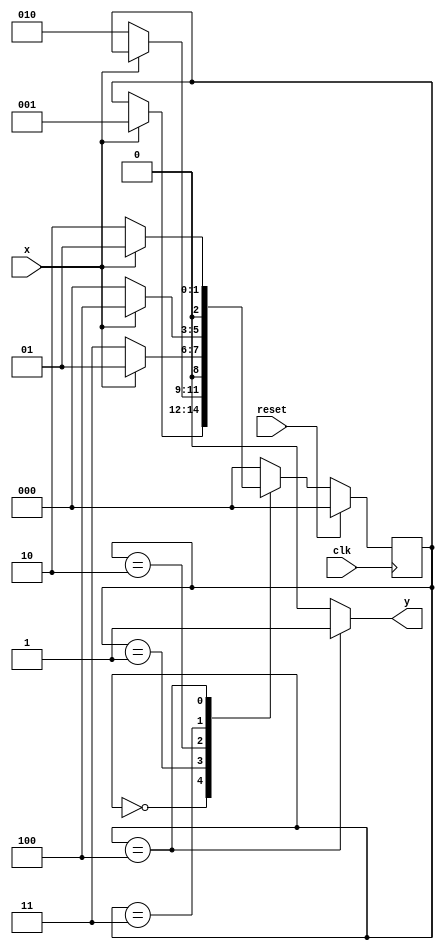
module moore(
    input reset,
    input clk,
    input x,
    output reg  y
    );
    
    parameter A=3'd0, B=3'd1, C=3'd2, D=3'd3, E=3'd4;
    reg [2:0] current_State, next_State;
    
    
    always @(posedge clk)
        begin
        
                if(reset)
                    current_State <=A;
                    else
                   current_State <=next_State;
        end
        
        always @(*)
            begin
             next_State= current_State;
             y=1'b0;
             
             case (current_State)
             
               A: begin
                    if(x==1'b1) next_State=B;
                end
                
               B: begin
                   if(x==1'b0) next_State=C;
                     end
          C: begin 
           if(x==1'b0) next_State=D;
            else 
            next_State= B;
            end
            
             D: begin 
                      if(x==1'b0) next_State=A;
                       else 
                       next_State= E;
                       end
              E:         
              begin 
              y=1'b1;
                  if(x==1'b0) next_State=C;
                         else 
                      next_State= B;
                end
                default: begin next_State=A; 
                y=1'b0; end
                endcase
        end    
endmodule